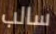
سالب